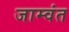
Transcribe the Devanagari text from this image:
जाम्वंत